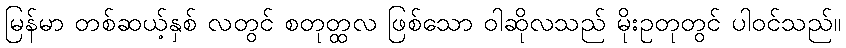
မြန်မာ တစ်ဆယ့်နှစ် လတွင် စတုတ္ထလ ဖြစ်သော ဝါဆိုလသည် မိုးဥတုတွင် ပါဝင်သည်။